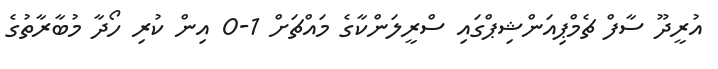
އުރީދޫ ސާފް ޗެމްޕިއަންޝިޕްގައި ސްރީލަންކާގެ މައްޗަށް 1-0 އިން ކުރި ހޯދާ މުބާރާތުގެ